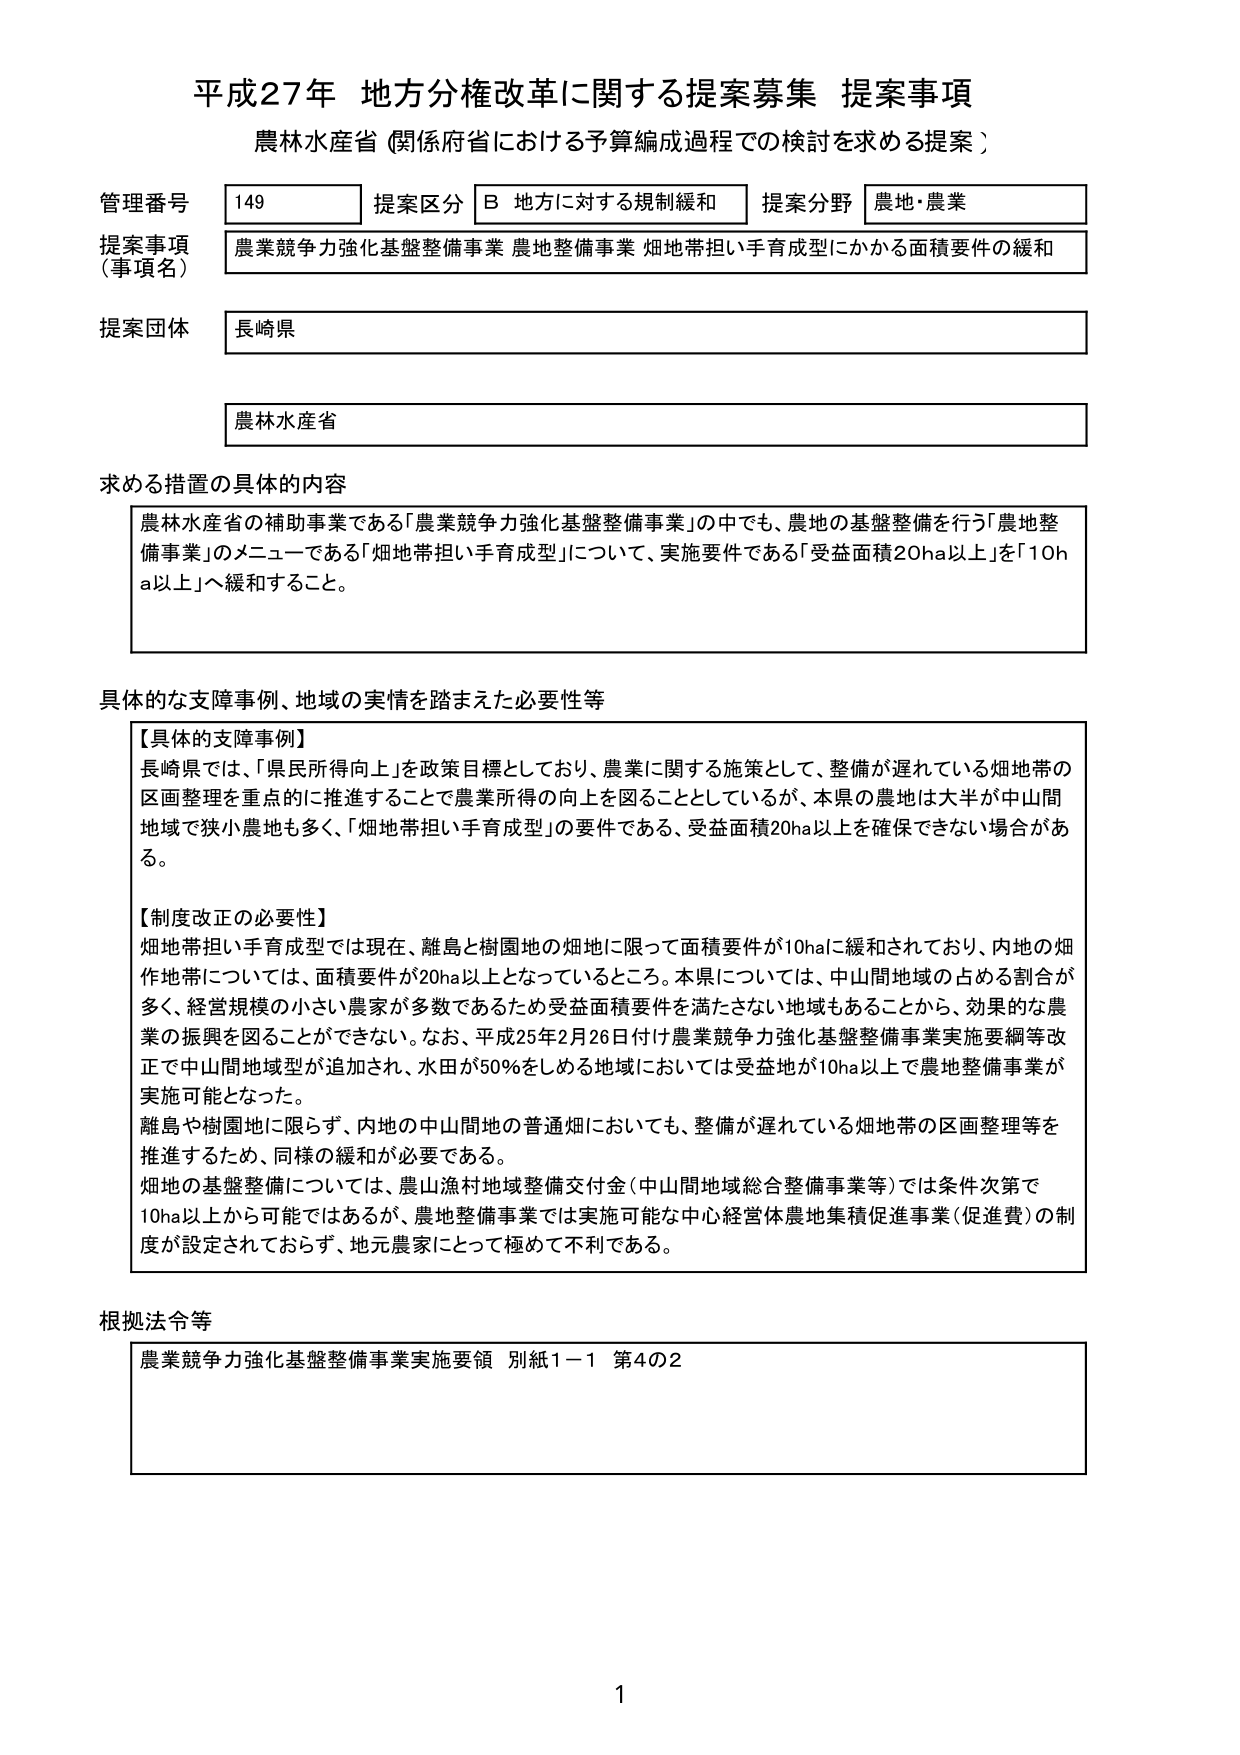
平成27年 地方分権改革に関する提案募集 提案事項
農林水産省（関係府省における予算編成過程での検討を求める提案）

管理番号 149
提案区分 B 地方に対する規制緩和
提案分野 農地・農業

提案事項（事項名）
農業競争力強化基盤整備事業 農地整備事業 畑地帯担い手育成型にかかる面積要件の緩和

提案団体
長崎県

農林水産省

求める措置の具体的内容
農林水産省の補助事業である「農業競争力強化基盤整備事業」の中でも、農地の基盤整備を行う「農地整備事業」のメニューである「畑地帯担い手育成型」について、実施要件である「受益面積20ha以上」を「10ha以上」へ緩和すること。

具体的な支障事例、地域の実情を踏まえた必要性等
【具体的支障事例】
長崎県では、「県民所得向上」を政策目標としており、農業に関する施策として、整備が遅れている畑地帯の区画整理を重点的に推進することで農業所得の向上を図ることとしているが、本県の農地は大半が中山間地域で狭小農地も多く、「畑地帯担い手育成型」の要件である、受益面積20ha以上を確保できない場合がある。

【制度改正の必要性】
畑地帯担い手育成型では現在、離島と樹園地の畑地に限って面積要件が10haに緩和されており、内地の畑作地帯については、面積要件が20ha以上となっているところ。本県については、中山間地域の占める割合が多く、経営規模の小さい農家が多数であるため受益面積要件を満たさない地域もあることから、効果的な農業の振興を図ることができない。なお、平成25年2月26日付け農業競争力強化基盤整備事業実施要綱等改正で中山間地域型が追加され、水田が50％をしめる地域においては受益地が10ha以上で農地整備事業が実施可能となった。
離島や樹園地に限らず、内地の中山間地の普通畑においても、整備が遅れている畑地帯の区画整理等を推進するため、同様の緩和が必要である。
畑地の基盤整備については、農山漁村地域整備交付金（中山間地域総合整備事業等）では条件次第で10ha以上から可能ではあるが、農地整備事業では実施可能な中心経営体農地集積促進事業（促進費）の制度が設定されておらず、地元農家にとって極めて不利である。

根拠法令等
農業競争力強化基盤整備事業実施要領 別紙1－1 第4の2

1